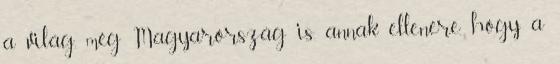
a világ, még Magyarország is, annak ellenére, hogy a